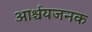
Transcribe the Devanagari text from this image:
आर्श्चयजनक